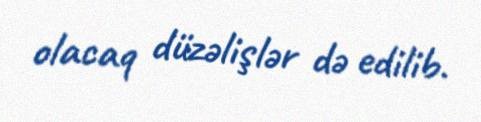
olacaq düzəlişlər də edilib.